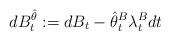
LaTeX: \begin{align*}dB^{\hat\theta}_t:=dB_t-{\hat\theta^B}_t\lambda^B_tdt\end{align*}